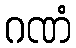
ဂဏံ